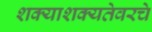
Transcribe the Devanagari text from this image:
शक्याशक्यतेवरचे